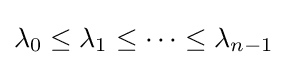
{\textstyle \lambda _{0}\leq \lambda _{1}\leq \cdots \leq \lambda _{n-1}}